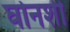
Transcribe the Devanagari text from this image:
घोनशी